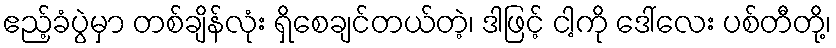
ဧည့်ခံပွဲမှာ တစ်ချိန်လုံး ရှိစေချင်တယ်တဲ့၊ ဒါဖြင့် ငါ့ကို ဒေါ်လေး ပစ်တီတို့၊